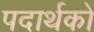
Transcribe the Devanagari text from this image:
पदार्थको